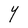
Character: Y